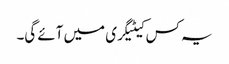
یہ کس کیٹیگری میں آئے گی۔